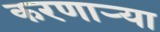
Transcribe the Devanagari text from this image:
करणार्‍या